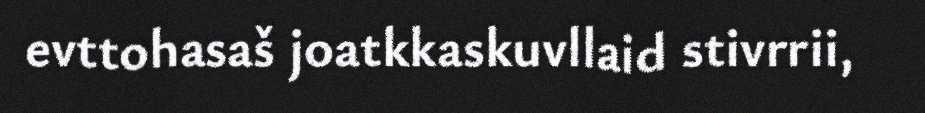
evttohasaš joatkkaskuvllaid stivrrii,